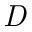
\mathit { D }